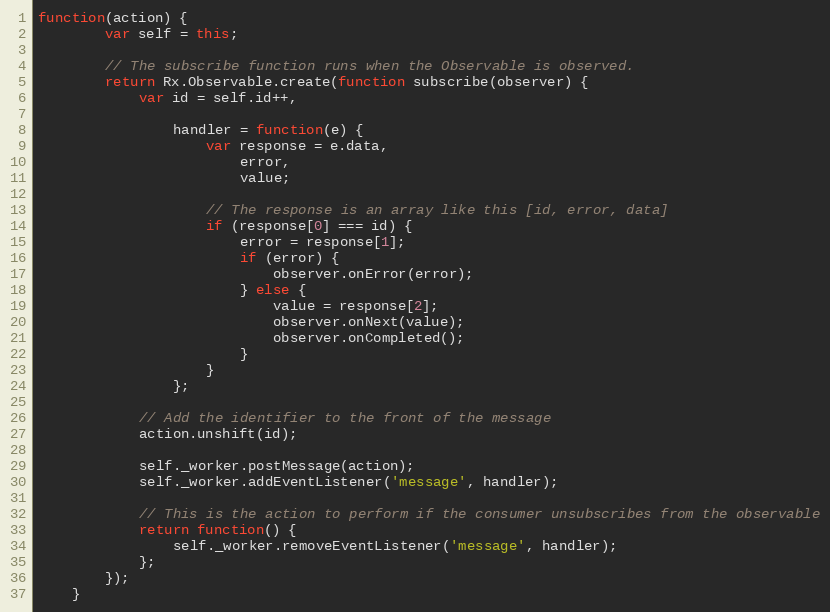
Language: JavaScript
function(action) {
        var self = this;

        // The subscribe function runs when the Observable is observed.
        return Rx.Observable.create(function subscribe(observer) {
            var id = self.id++,

                handler = function(e) {
                    var response = e.data,
                        error,
                        value;

                    // The response is an array like this [id, error, data]
                    if (response[0] === id) {
                        error = response[1];
                        if (error) {
                            observer.onError(error);
                        } else {
                            value = response[2];
                            observer.onNext(value);
                            observer.onCompleted();
                        }
                    }
                };

            // Add the identifier to the front of the message
            action.unshift(id);

            self._worker.postMessage(action);
            self._worker.addEventListener('message', handler);

            // This is the action to perform if the consumer unsubscribes from the observable
            return function() {
                self._worker.removeEventListener('message', handler);
            };
        });
    }